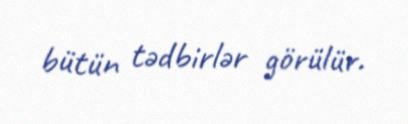
bütün tədbirlər görülür.